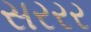
સરરર